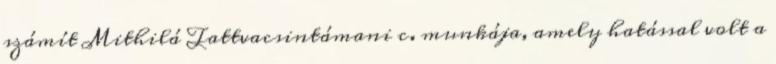
számít Mithilá Tattvacsintámani c. munkája, amely hatással volt a